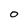
Character: O